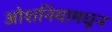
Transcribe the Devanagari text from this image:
ओशनियामधून